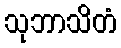
သုဘာသိတံ